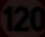
120